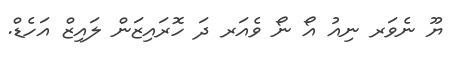
ޔޫ ނެވަރ ނިއު އޯ ނޯ ވެއަރ ދަ ހޮރައިޒަން ލައިޒް އަހެޑް.